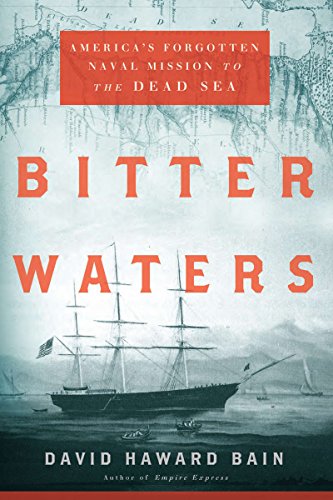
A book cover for Bitter Waters: America's Forgotten Naval Mission to the Dead Sea; David Haward Bain; History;